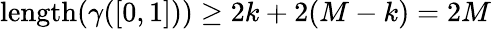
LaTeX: \mathrm{length}(\gamma([0,1]))\ge 2k+2(M-k)=2M